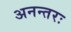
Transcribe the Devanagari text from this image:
अनन्तरः